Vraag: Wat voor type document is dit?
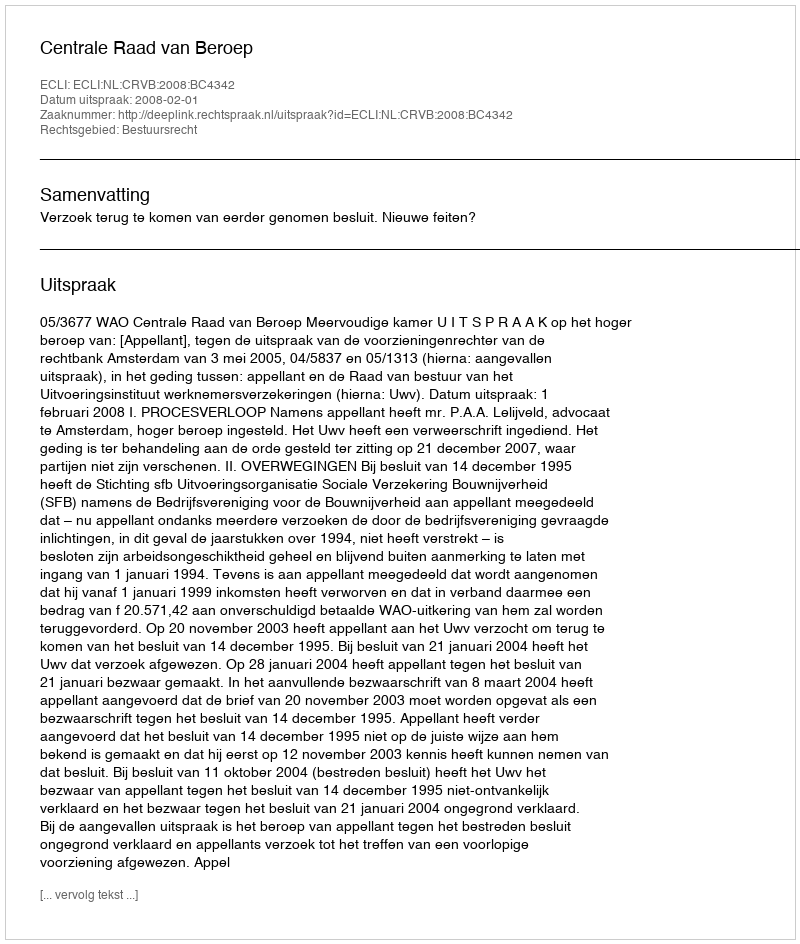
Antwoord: Uitspraak